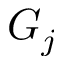
G _ { j }